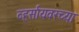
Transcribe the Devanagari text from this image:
व्हर्सायवरच्या